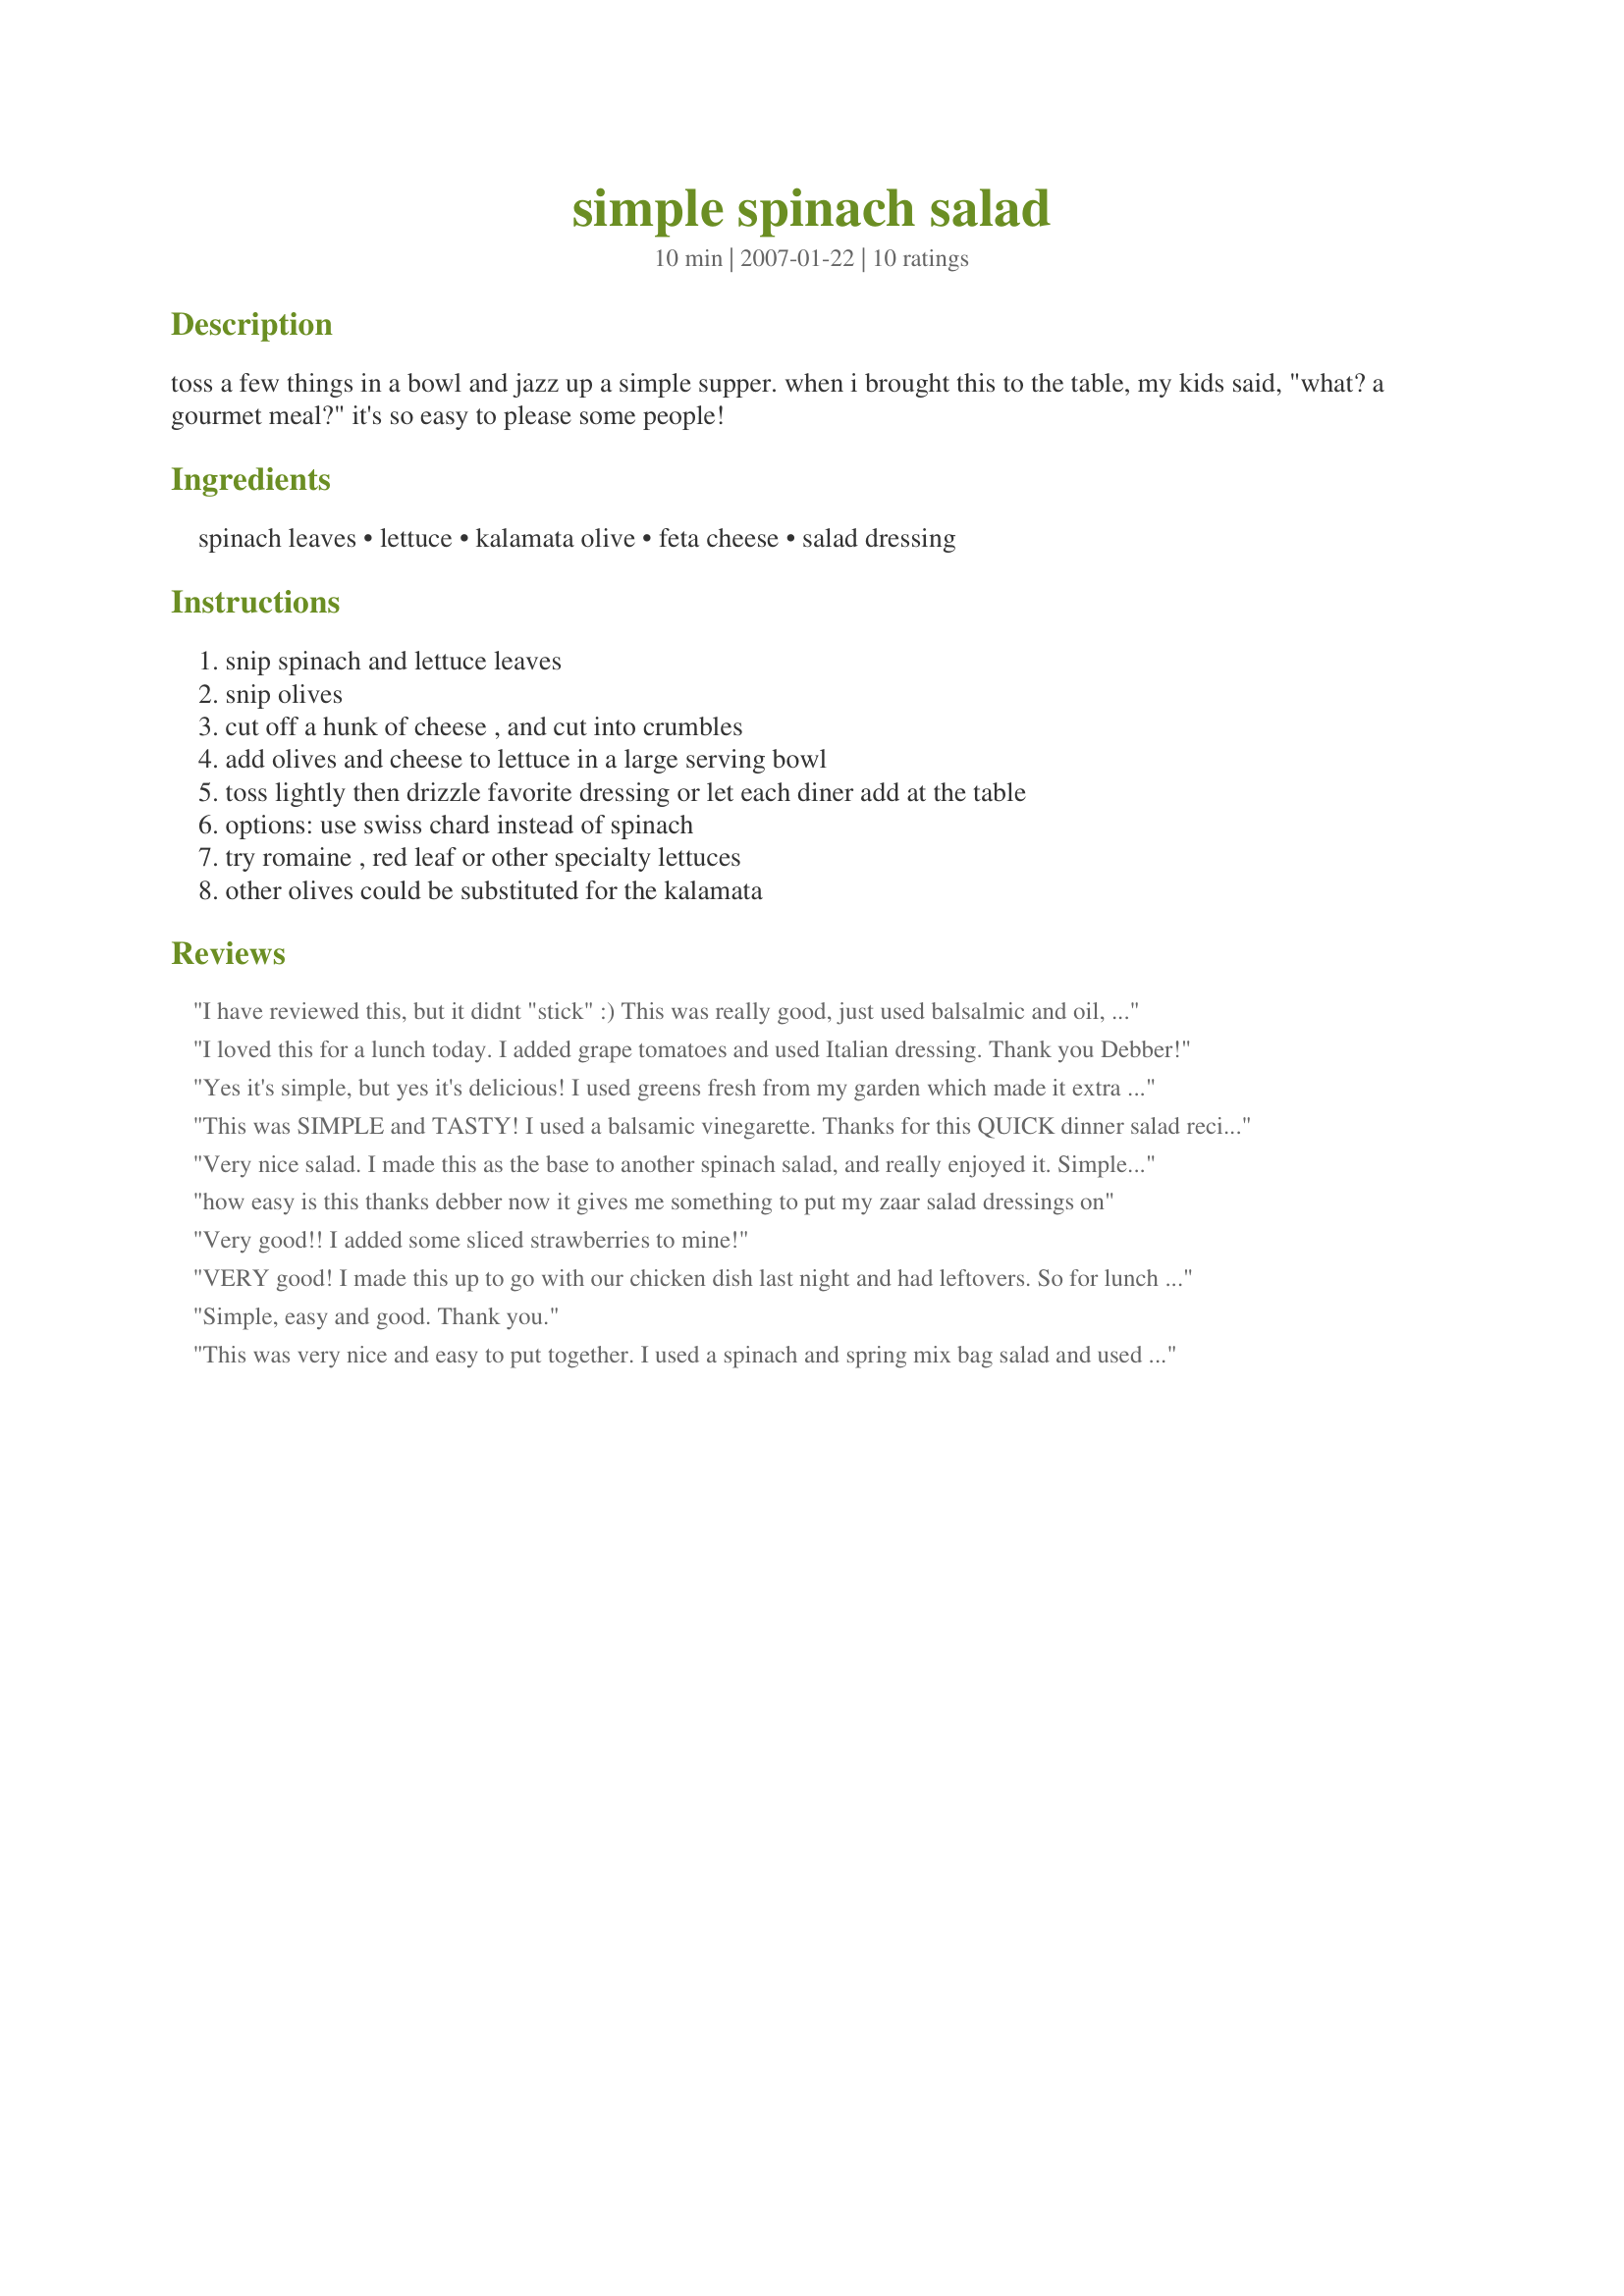
simple spinach salad
Preparation time: 10 minutes

toss a few things in a bowl and jazz up a simple supper. when i brought this to the table, my kids said, "what? a gourmet meal?" it's so easy to please some people!

Ingredients:
spinach leaves, lettuce, kalamata olive, feta cheese, salad dressing

Steps:
snip spinach and lettuce leaves, snip olives, cut off a hunk of cheese , and cut into crumbles, add olives and cheese to lettuce in a large serving bowl, toss lightly then drizzle favorite dressing or let each diner add at the table, options: use swiss chard instead of spinach, try romaine , red leaf or other specialty lettuces, other olives could be substituted for the kalamata

Reviews:
I have reviewed this, but it didnt "stick" :)
This was really good, just used balsalmic and oil, and threww is a few strawberries as well :0 thanks debber
I loved this for a lunch today. I added grape tomatoes and used Italian dressing. Thank you Debber!
Yes it's simple, but yes it's delicious! I used greens fresh from my garden which made it extra special!
This was SIMPLE and TASTY! I used a balsamic vinegarette. Thanks for this QUICK dinner salad recipe. Made for Photo tag.
Very nice salad. I made this as the base to another spinach salad, and really enjoyed it. Simple and easy.
how easy is this thanks debber now it gives me something to put my zaar salad dressings on
Very good!! I added some sliced strawberries to mine!
VERY good! I made this up to go with our chicken dish last night and had leftovers. So for lunch I added some cubed chicken, added grape tomatoes, and used a Balsamic Vinegerette. YUM!
Simple, easy and good. Thank you.
This was very nice and easy to put together. I used a spinach and spring mix bag salad and used a dressing made with Enova oil, honey and balsamic vinegar. Excellent. The dressing goes very well with feta cheese. Love kalamata olives so this was right up my alley. Added different items to Dave's salad since he doesn't care for olives. Had this for a quick lunch. Thanks for sharing.
